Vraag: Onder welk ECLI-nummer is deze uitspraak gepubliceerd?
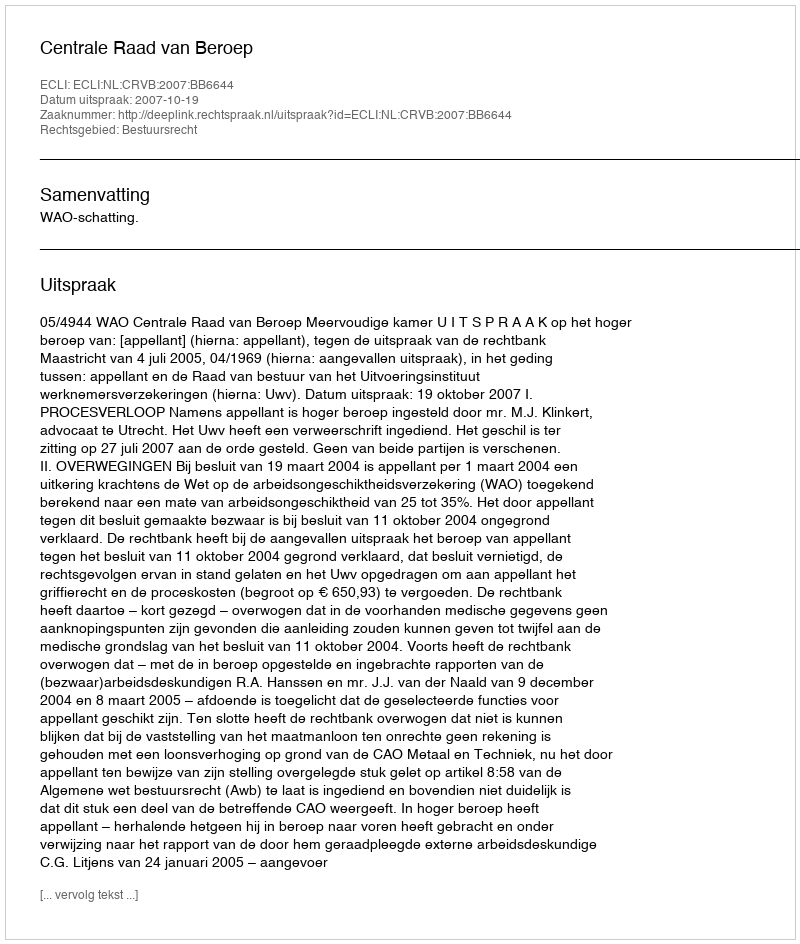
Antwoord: ECLI:NL:CRVB:2007:BB6644